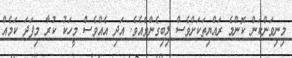
މިނިވަންކަން ކޮންމެ ރައްޔިތަކަށްވެސް ލިބިގެންވެއެވެ. އަދި އެއްވެސް މީހަކު ކުރާ މިފަދަ ކަމެއް